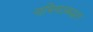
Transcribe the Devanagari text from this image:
नाभिनालबद्धता